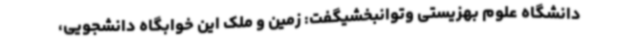
دانشگاه علوم بهزیستی وتوانبخشیگفت: زمین و ملک این خوابگاه دانشجویی،